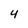
Character: 4